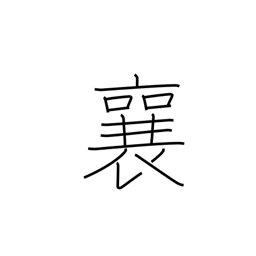
Meaning: rise